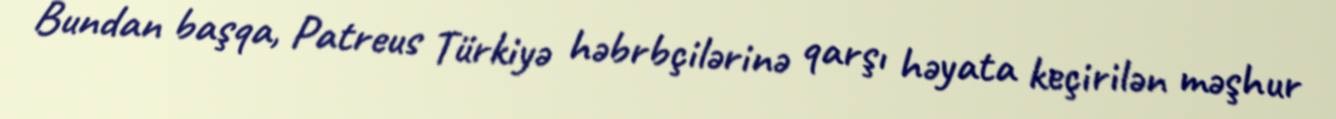
Bundan başqa, Patreus Türkiyə həbrbçilərinə qarşı həyata keçirilən məşhur